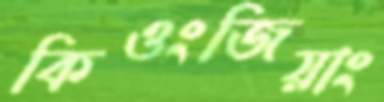
কিওংজিয়াং